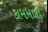
કામમળો